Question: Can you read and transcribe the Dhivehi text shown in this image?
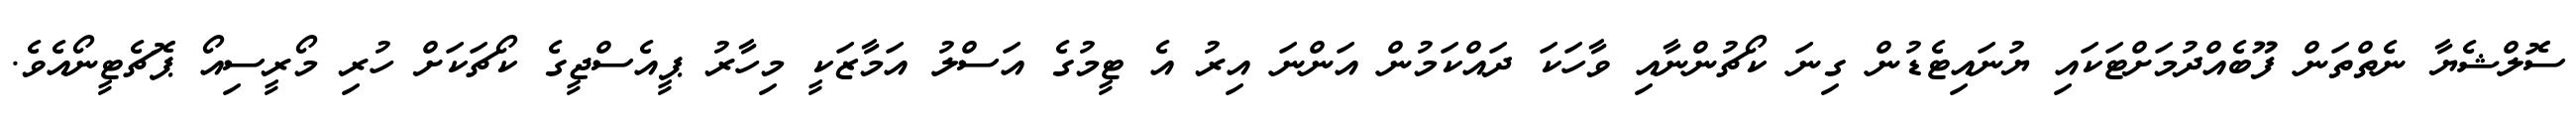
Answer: ސޮލްޝެޔާ ނެތްތަން ފޫބެއްދުމަށްޓަކައި ޔުނައިޓެޑުން ގިނަ ކޯޗުންނާއި ވާހަކަ ދައްކަމުން އަންނަ އިރު އެ ޓީމުގެ އަސްލު އަމާޒަކީ މިހާރު ޕީއެސްޖީގެ ކޯޗަކަށް ހުރި މޯރީސިއޯ ޕޮޗެޓީނޯއެވެ.